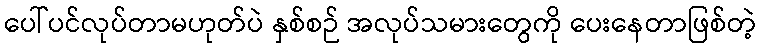
ပေါ်ပင်လုပ်တာမဟုတ်ပဲ နှစ်စဉ် အလုပ်သမားတွေကို ပေးနေတာဖြစ်တဲ့